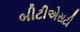
બીટીએસટી